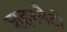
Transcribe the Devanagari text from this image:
शहरनैटो